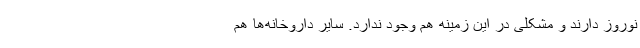
نوروز دارند و مشکلی در این زمینه هم وجود ندارد. سایر داروخانه‌ها هم